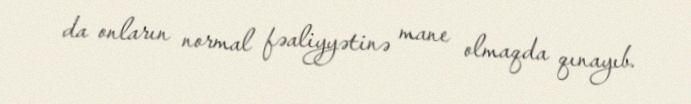
da onların normal fəaliyyətinə mane olmaqda qınayıb.